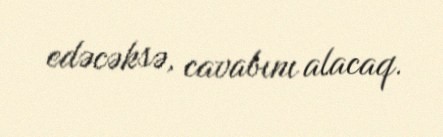
edəcəksə, cavabını alacaq.